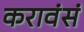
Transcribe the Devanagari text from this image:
करावंसं